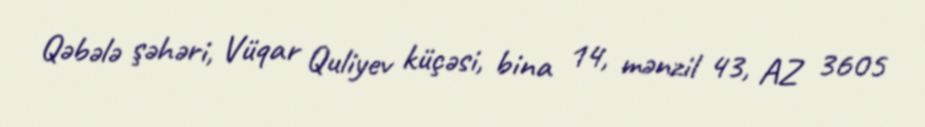
Qəbələ şəhəri, Vüqar Quliyev küçəsi, bina 14, mənzil 43, AZ 3605